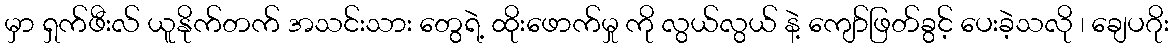
မှာ ရှက်ဖီးလ် ယူနိုက်တက် အသင်းသား တွေရဲ့ ထိုးဖောက်မှု ကို လွယ်လွယ် နဲ့ ကျော်ဖြတ်ခွင့် ပေးခဲ့သလို ၊ ချေပဂိုး